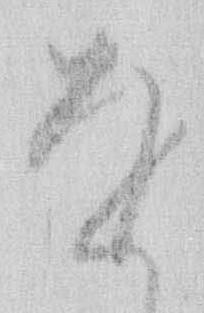
を